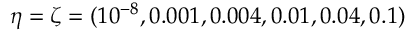
\eta = \zeta = ( 1 0 ^ { - 8 } , 0 . 0 0 1 , 0 . 0 0 4 , 0 . 0 1 , 0 . 0 4 , 0 . 1 )